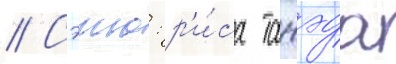
// Сэию: р'и́са танэда